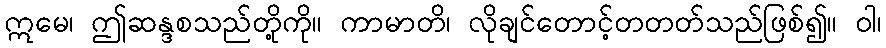
ဣမေ၊ ဤဆန္ဒစသည်တို့ကို။ ကာမာတိ၊ လိုချင်တောင့်တတတ်သည်ဖြစ်၍။ ဝါ၊